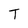
Character: T